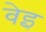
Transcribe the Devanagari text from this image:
वेइ